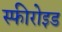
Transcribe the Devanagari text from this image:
स्फीरोइड